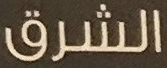
الشرق